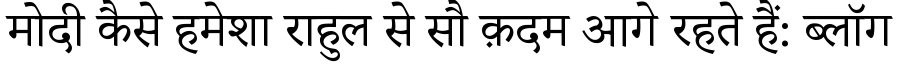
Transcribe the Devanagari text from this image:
मोदी कैसे हमेशा राहुल से सौ क़दम आगे रहते हैं: ब्लॉग